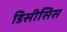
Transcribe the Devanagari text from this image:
डिसीसिस